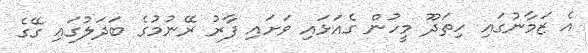
އެ ޒަމާނުގައި ހިތަދޫ މީހުން ގެއަޅައި ވަށައި ފާރު ރޭނުމުގެ ބަދަލުގައި ގޭގެ